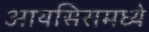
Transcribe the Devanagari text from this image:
आयसिसमध्ये